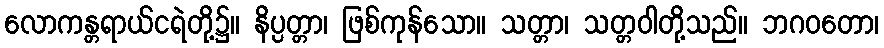
လောကန္တရာယ်ငရဲတို့၌။ နိပ္ပတ္တာ၊ ဖြစ်ကုန်သော။ သတ္တာ၊ သတ္တဝါတို့သည်။ ဘဂဝတော၊